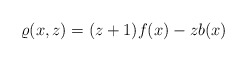
\begin{align*}\varrho(x, z)=(z+1)f(x)-zb(x)\end{align*}